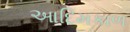
આદિમકાળ